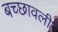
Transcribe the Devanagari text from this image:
बच्छावली